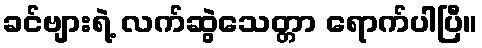
ခင်ဗျားရဲ့ လက်ဆွဲသေတ္တာ ရောက်ပါပြီ။